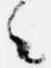
々